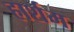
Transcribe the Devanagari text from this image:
हार्शम